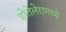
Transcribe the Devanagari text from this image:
होतेलेरामध्ये